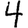
Digit: 4